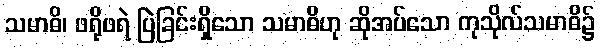
သမာဓိ၊ ဖရိုဖရဲ ပြဲခြင်းရှိသော သမာဓိဟု ဆိုအပ်သော ကုသိုလ်သမာဓိ၌